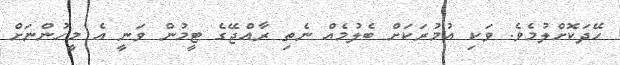
ހޭދަކޮށްލުމެވެ. ވަކި އުމުރަކަށް ބެލުމެއް ނެތި ރާއްޖޭގެ ޓީމުން ވަނީ އެ މީހުންނަށް